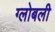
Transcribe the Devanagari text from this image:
ग्लोबली